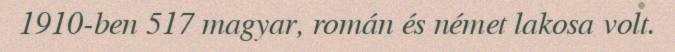
1910-ben 517 magyar, román és német lakosa volt.